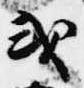
或